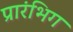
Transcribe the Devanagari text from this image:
प्रारंभिग